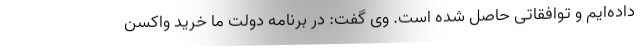
داده‌ایم و توافقاتی حاصل شده است. وی گفت: در برنامه دولت ما خرید واکسن